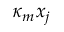
\kappa _ { m } x _ { j }